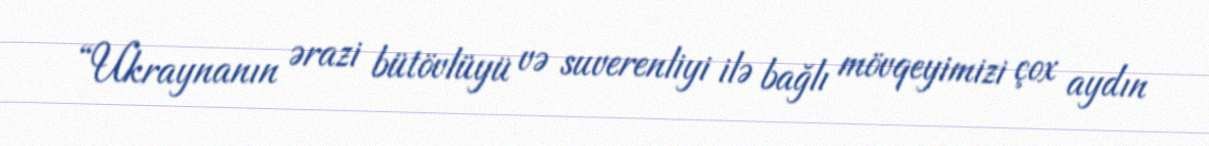
“Ukraynanın ərazi bütövlüyü və suverenliyi ilə bağlı mövqeyimizi çox aydın